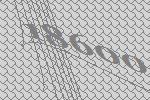
18600